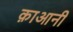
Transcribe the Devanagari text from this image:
क़ाआनी